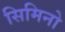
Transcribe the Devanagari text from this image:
सिमिनो